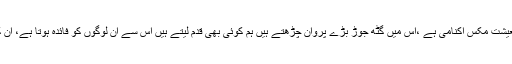
ماہر اجناس شمس الاسلام خان نے کہا کہ پاکستان کی معیشت مکس اکنامی ہے ،اس میں گٹھ جوڑ بڑے پروان چڑھتے ہیں ہم کوئی بھی قدم لیتے ہیں اس سے ان لوگوں کو فائدہ ہوتا ہے، ان کے روابط ہوتے ہیں البتہ چینی میں اتنی زیادہ قلت نہیں ۔